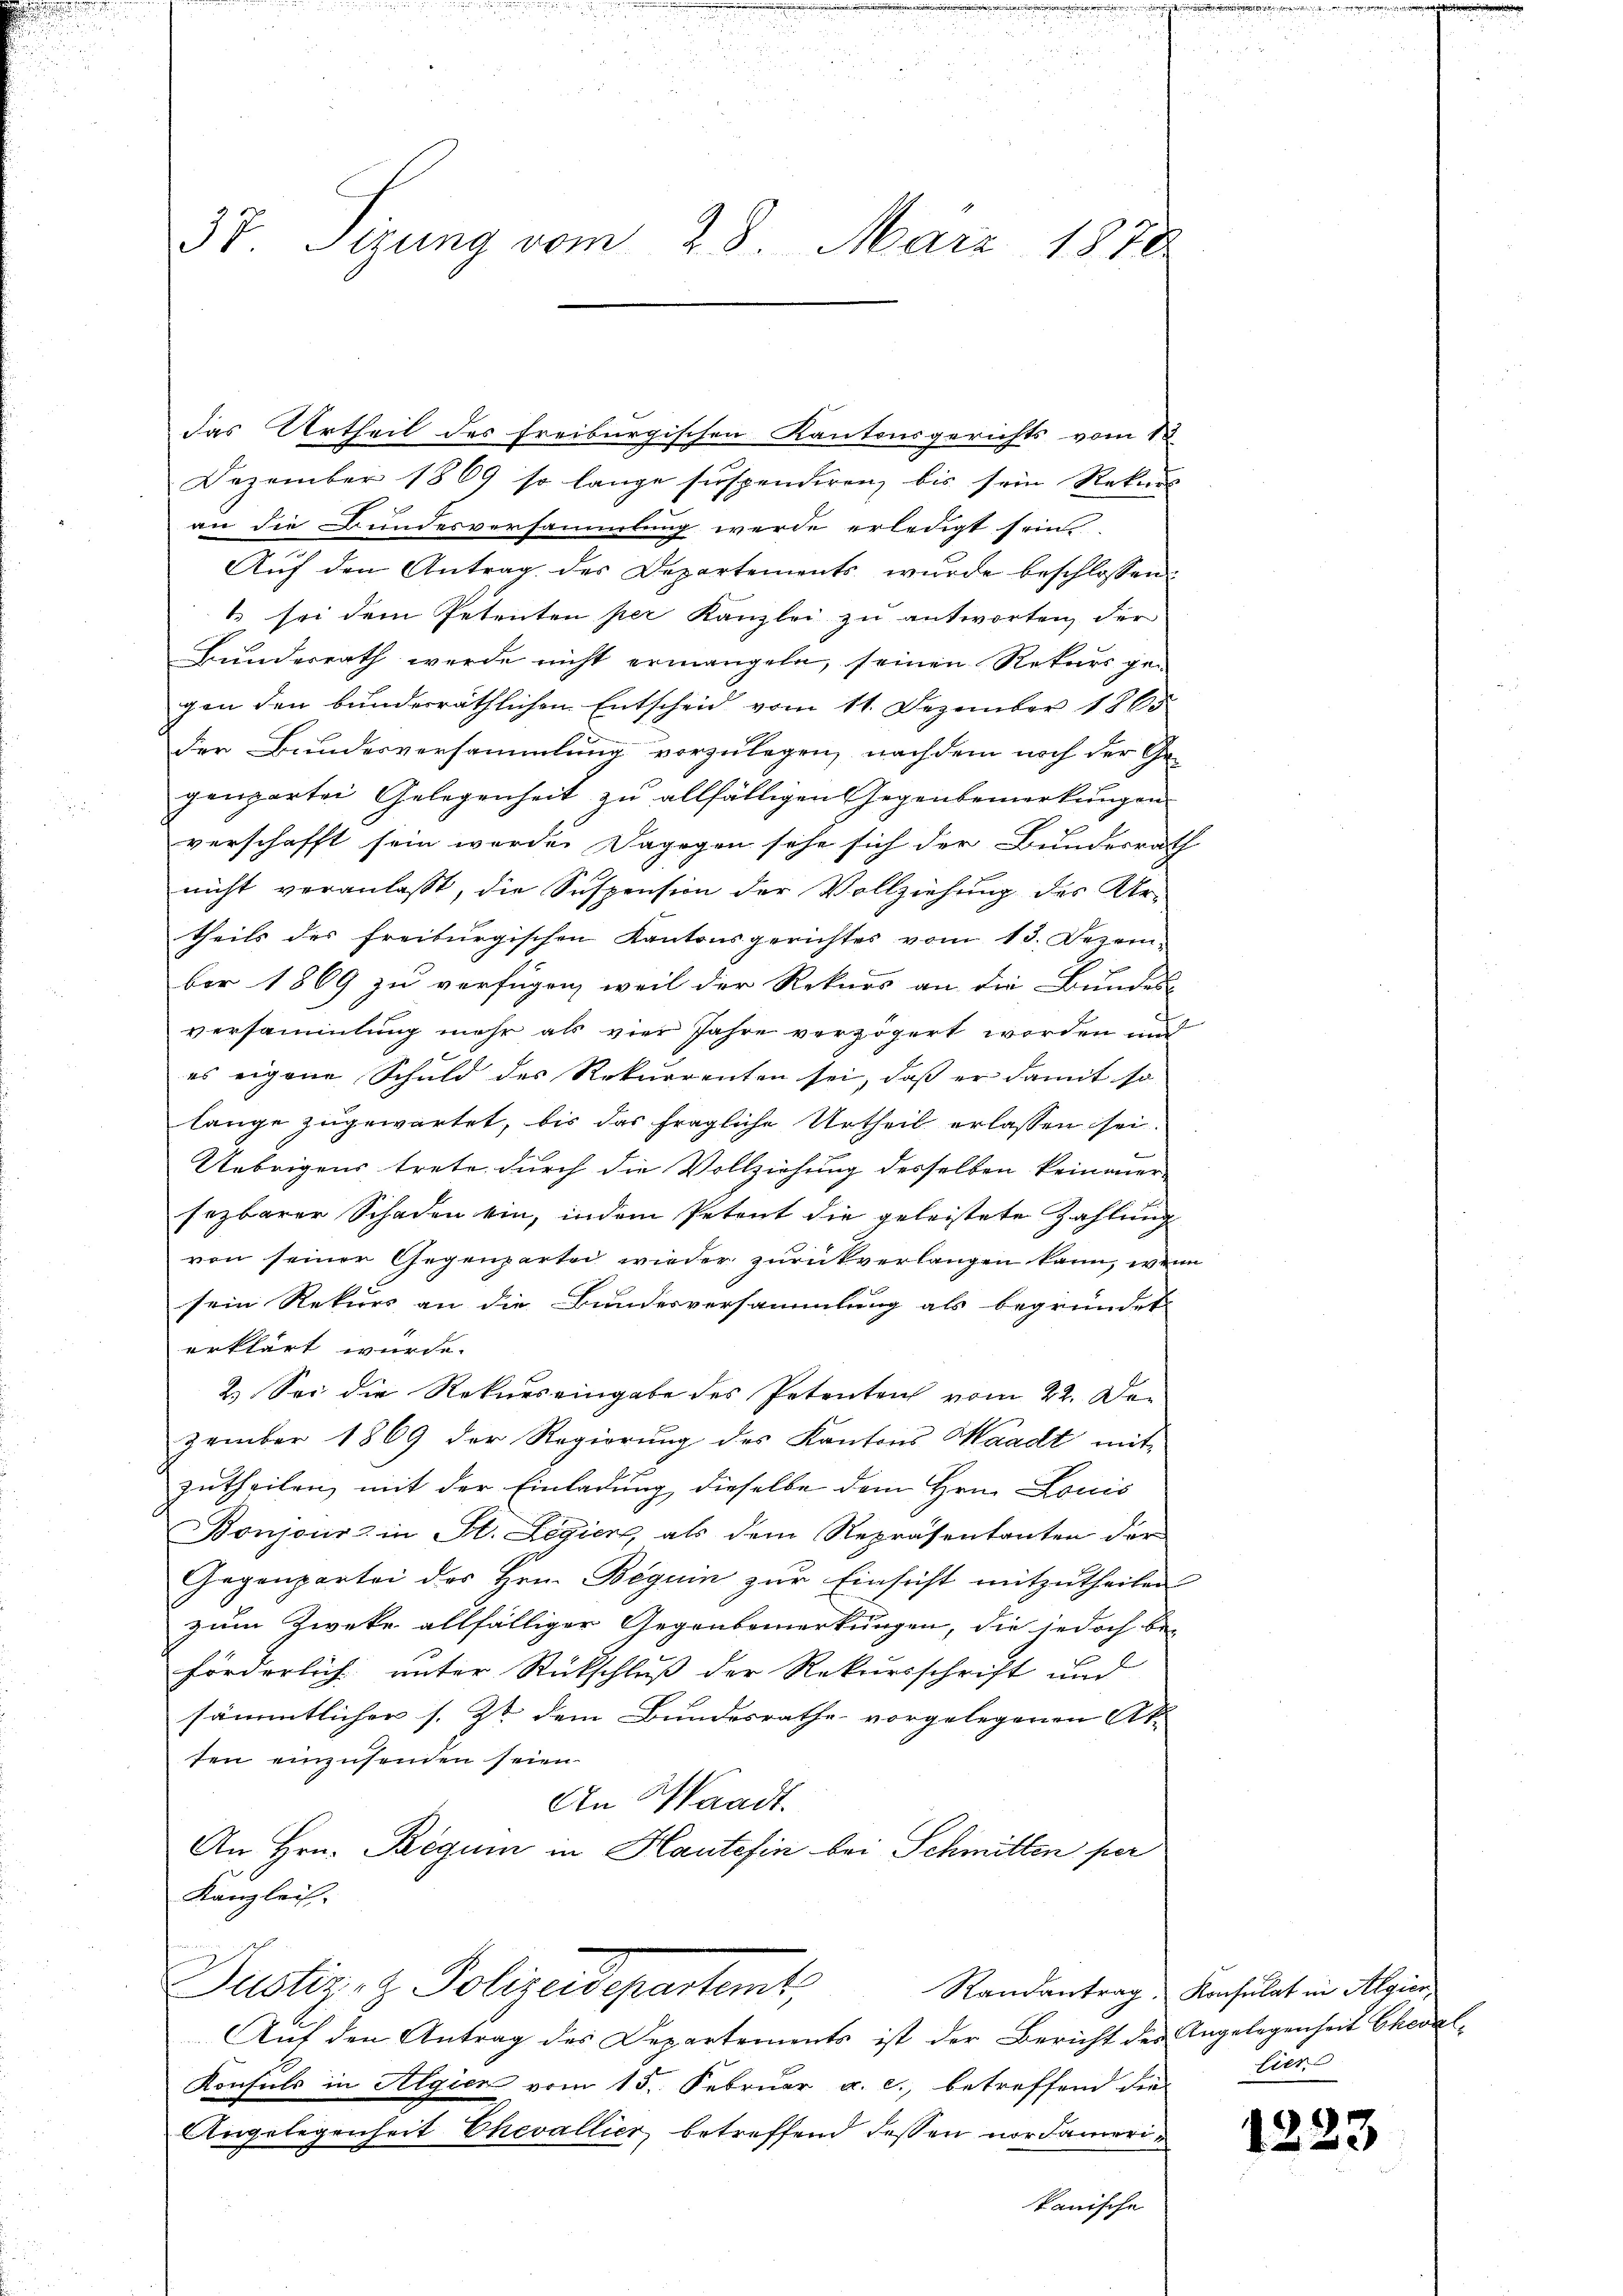
u

5
u
3t. Sizung vom 28. März 1878

das Urtheil des Freiburgischen Kantonsgerichts vom 12.
Dezember 1869 so lange suspendiren, bis sein Rekurs
an die Bundesversammlung werde erledigt sein
Auf den Antrag des Departements wurde beschlossen:
 sei dem Petenten per Kanzlei zu antworten, der
Bunderrath werde nicht ermangeln, seinen Rekurs ge-
gen den bunderräthlichen Entscheid vom 11. Dezember 1865
der Bundesversammlung vorzulegen, nachdem noch der Ge-
genpartei Gelegenheit zu allfälligen Gegenbemerkungen
verschafft sein werde. Dagegen sehe sich der Bundesrath
nicht veranlaßt, die Suspension der Vollziehung des Urtheils des freiburgischen Kantonsgerichtes vom 13. Dezem-
ber 1889 zu verfügen, weil der Rekurs an die Bundes-
versammlung mehr als vier Jahre verzögert worden und
es eigene Schuld des Rekurrenten sei, daß er damit so
lange zugewartet, bis das fragliche Urtheil erlassen sei.
Uebrigens trete durch die Vollziehung desselben keinauer-
sezbarer Schaden ein, indem Petent die geleistete Zahlung
von seiner Gegenpartei wieder zurückverlangen kann, wenn
sein Rekurs an die Bundesversammlung als begründet.
erklärt wurde.
2.) Sei die Rekurs eingabe des Petenten vom 22. Dezember 1869 der Regierung des Kantons Waadt mit
zutheilen, mit der Einladung, dieselbe dem Hrn. Louis
Bonjousz in St. Legier, als dem Repräsentanten der
Gegenpartei des Hrn. Beguin zur Einsicht mitzutheilen
zum Zwecke allfälliger Gegenbemerkungen, die jedoch be-
förderlich unter Rückschluß der Rekursschrift und
sämmtlichen s. Zt. dem Bundesrathe vorgelegenen At
ten einzusenden seien.
An Waadt.
An Hrn. Regum in Haute fin bei Schmitten per
Kanzleih
Pusten, z. Polizeidepartamt,
Randantrag, Konsulat in Algien,
Auf den Antrag des Departements ist der Bericht der Angelegenheit Cheval-
Konsuls in Algien vom 15. Februar a. c., betreffend die
Angelegenheit Chevallier, betreffend dessen nordamerikanische

.

tiere

1223